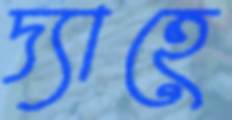
দ্যাহে